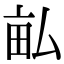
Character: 畆